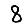
Digit: 8